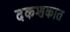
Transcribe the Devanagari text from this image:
दकशकात